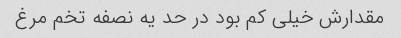
مقدارش خیلی کم بود در حد یه نصفه تخم مرغ